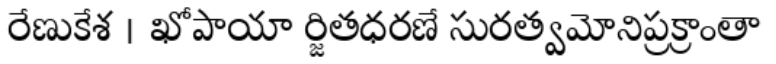
రేణుకేశ । ఖోపాయా ర్జితధరణే సురత్వమోనిప్రక్రాంతా